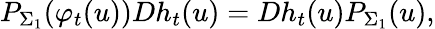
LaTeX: P_{\Sigma_{1}}(\varphi_{t}(u))Dh_{t}(u)=Dh_{t}(u)P_{\Sigma_{1}}(u),